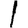
Digit: 1